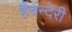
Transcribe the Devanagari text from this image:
र्हैंचन्देरी